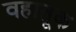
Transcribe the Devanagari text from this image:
वहातूक